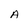
Character: A